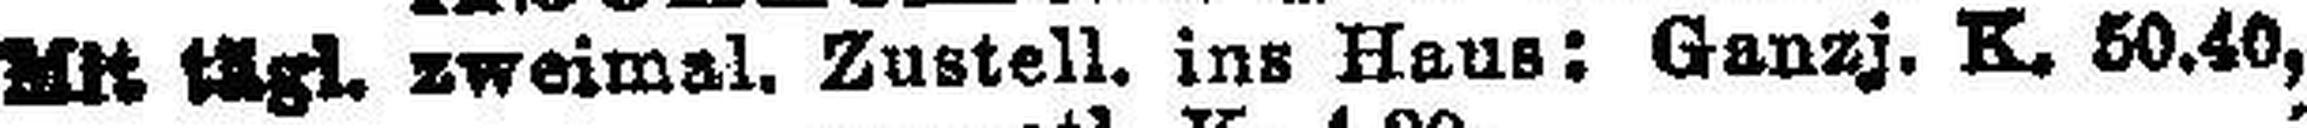
Mit tägl. zweimal. Zustell, ins Haus: Ganzj. K. 50.40,